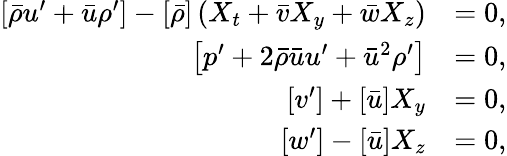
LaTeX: \begin{array}{rl}{\left[\bar{\rho}u^{\prime}+\bar{u}\rho^{\prime}\right]-\left[\bar{\rho}\right]\left(X_{t}+\bar{v}X_{y}+\bar{w}X_{z}\right)}&{=0,}\\ {\left[p^{\prime}+2\bar{\rho}\bar{u}u^{\prime}+\bar{u}^{2}\rho^{\prime}\right]}&{=0,}\\ {\left[v^{\prime}\right]+\left[\bar{u}\right]X_{y}}&{=0,}\\ {\left[w^{\prime}\right]-\left[\bar{u}\right]X_{z}}&{=0,}\end{array}